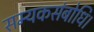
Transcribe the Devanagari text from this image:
सम्यकसंबोधि।